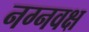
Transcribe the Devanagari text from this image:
नग्नवक्ष